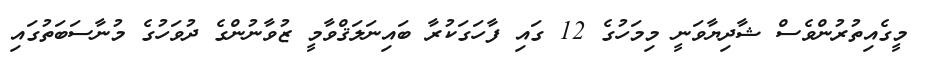
މީގެއިތުރުންވެސް ޝާދިޔާވަނީ މިމަހުގެ 12 ގައި ފާހަގަކުރާ ބައިނަލަޤްވާމީ ޒުވާނުންގެ ދުވަހުގެ މުނާސަބަތުގައި